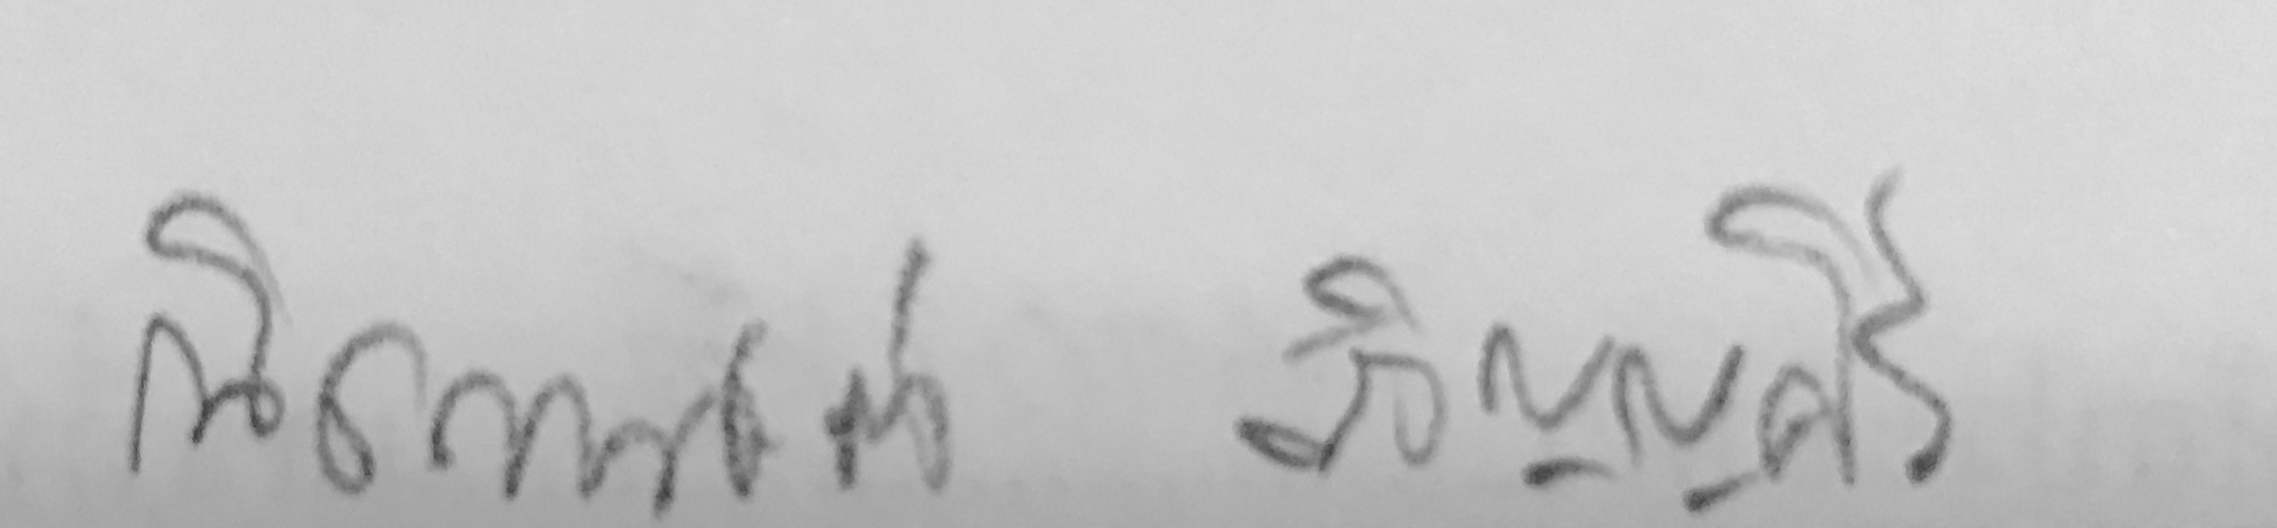
ณิชกานต์ วธัญญศรี